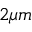
2 \mu m